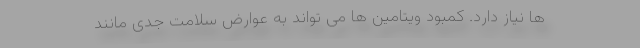
ها نیاز دارد. کمبود ویتامین ها می تواند به عوارض سلامت جدی مانند